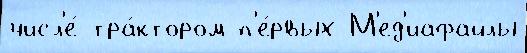
числ'е́ тра́ктором п'е́рвых М'ед'иафайлы